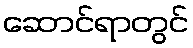
ဆောင်ရာတွင်